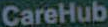
CareHub